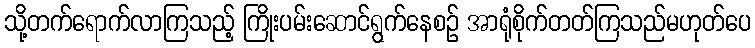
သို့တက်ရောက်လာကြသည့် ကြိုးပမ်းဆောင်ရွက်နေစဉ် အာရုံစိုက်တတ်ကြသည်မဟုတ်ပေ